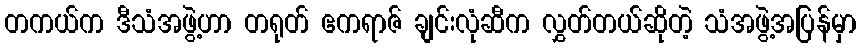
တကယ်က ဒီသံအဖွဲ့ဟာ တရုတ် ဧကရာဇ် ချင်းလုံဆီက လွှတ်တယ်ဆိုတဲ့ သံအဖွဲ့အပြန်မှာ